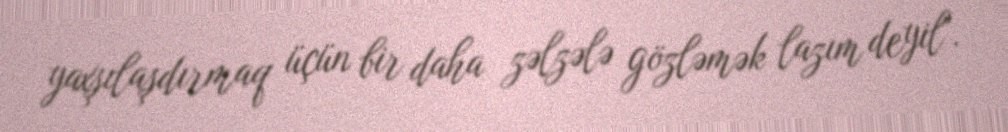
yaxşılaşdırmaq üçün bir daha zəlzələ gözləmək lazım deyil".